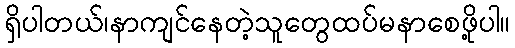
ရှိပါတယ်၊နာကျင်နေတဲ့သူတွေထပ်မနာစေဖို့ပါ။